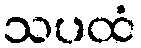
သပထံ